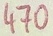
Text: 470